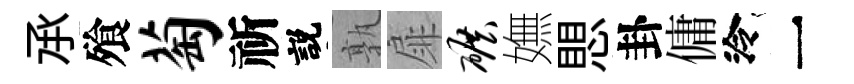
𠄘飱萄祈説孰扉碾嫵愳卦傭泠一